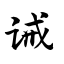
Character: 诫